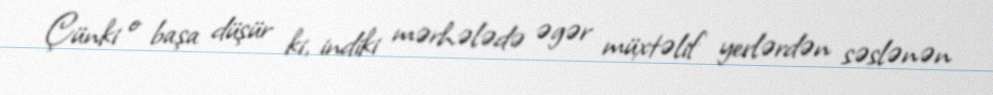
Çünki o başa düşür ki, indiki mərhələdə əgər müxtəlif yerlərdən səslənən